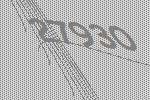
27930